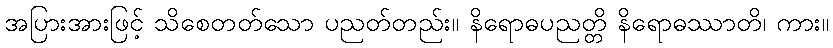
အပြားအားဖြင့် သိစေတတ်သော ပညတ်တည်း။ နိရောဓပညတ္တိ နိရောဓဿာတိ၊ ကား။